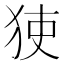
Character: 㹬